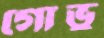
গোভু